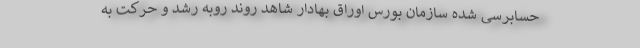
حسابرسی شده سازمان بورس اوراق بهادار شاهد روند روبه رشد و حرکت به